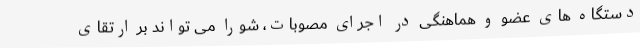
دستگاه های عضو و هماهنگی در اجرای مصوبات، شورا می تواند بر ارتقای